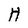
Character: H